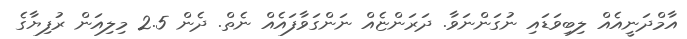
އާމްދަނީއެއް ލިބިވަޑައި ނުގަންނަވާ. ދަރަންޏެއް ނަންގަވާފައެއް ނެތް. ދެން 2.5 މިލިއަން ރުފިޔާގެ